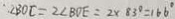
\angle B O C = 2 \angle B D E = 2 \times 8 3 ^ { \circ } = 1 6 6 ^ { \circ }